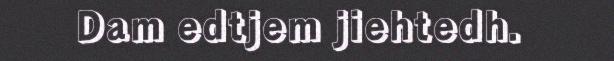
Dam edtjem jiehtedh.